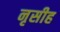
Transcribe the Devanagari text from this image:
नृसीह